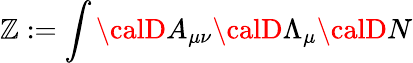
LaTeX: \mathbb{Z}:=\int{\calD}A_{\mu\nu}{\calD}\Lambda_{\mu}{\calD}N